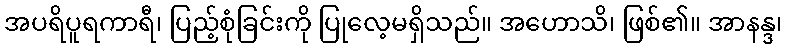
အပရိပူရကာရီ၊ ပြည့်စုံခြင်းကို ပြုလေ့မရှိသည်။ အဟောသိ၊ ဖြစ်၏။ အာနန္ဒ၊